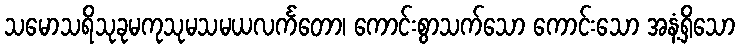
သမောသရိသုခုမကုသုမသမယလင်္ကတော၊ ကောင်းစွာသက်သော ကောင်းသော အနံ့ရှိသော